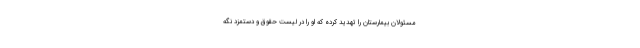
مسئولان بیمارستان را تهدید کرده که او را در لیست حقوق و دستمزد نگه